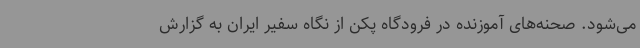
می‌شود. صحنه‌های آموزنده در فرودگاه پکن از نگاه سفیر ایران به گزارش